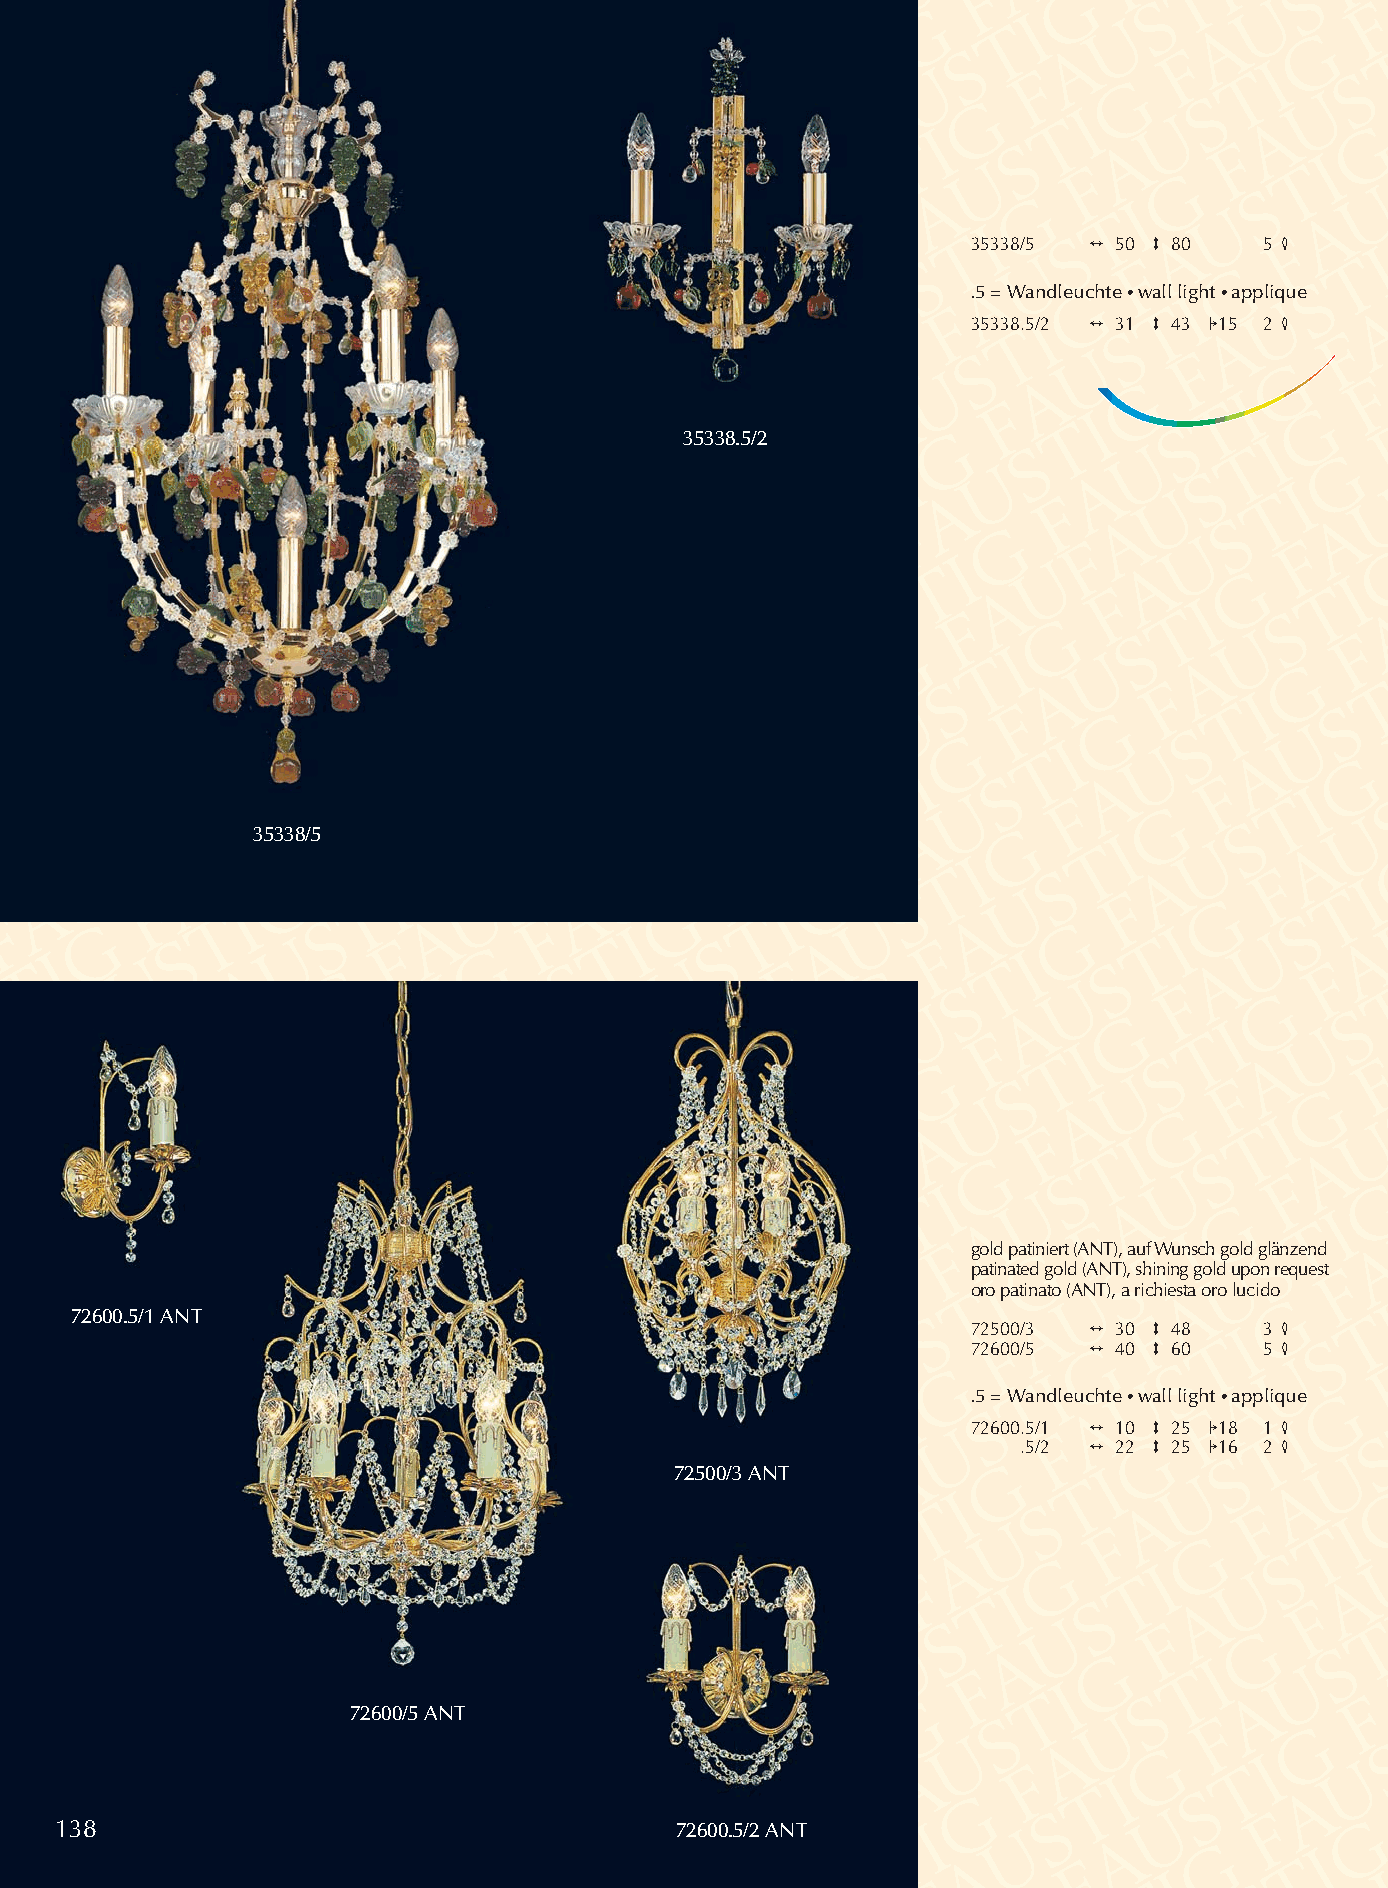
35338/5 2 50 3 80   5 4
 .5 = Wandleuchte •wall light •applique
 35338.5/2 2 31 3 43 115 2 4
 35338.5/2
 35338/5
 gold patiniert (ANT), auf Wunsch gold glänzend
 patinated gold (ANT), shining gold upon request
 oro patinato (ANT), a richiesta oro lucido
 72600.5/1 ANT
 72500/3 2 30 3 48   3 4
 72600/5 2 40 3 60   5 4
 .5 = Wandleuchte •wall light •applique
 72600.5/1 2 10 3 25 118 1 4
 .5/2 2 22 3 25 116 2 4
 72500/3 ANT
 72600/5 ANT
 138                                      72600.5/2 ANT